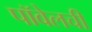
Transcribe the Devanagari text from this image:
पॉवेलची